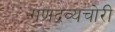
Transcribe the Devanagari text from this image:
गणद्रव्यचोरी